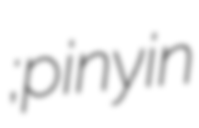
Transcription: ; pinyin